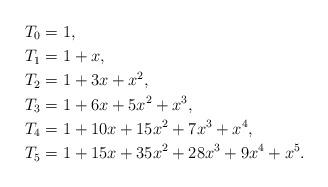
LaTeX: \begin{align*}T_0&=1,\\ T_1&=1+x,\\T_2&=1+3x+x^2,\\T_3&=1+6x+5x^2+x^3,\\T_4&=1+10x+15x^2+7x^3+x^4,\\T_5&=1+15x+35x^2+28x^3+9x^4+x^5.\end{align*}